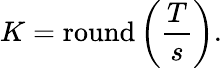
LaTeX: K=\operatorname{round}\left({\frac{T}{s}}\right).